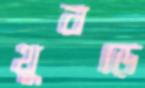
থুবড়ে